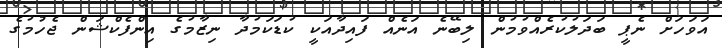
އަވަހަށް ނެޕީ ބަދަލުކުރެއްވުމުން ލިބޭނެ އަނެއް ފައިދާއަކީ ކުޑަކަމުދާ ނިޒާމުގެ އިންފެކްޝަން ޖެހުމުގެ